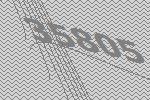
35805